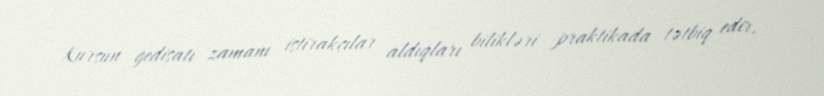
Kursun gedişatı zamanı iştirakçılar aldıqları bilikləri praktikada tətbiq edir,